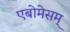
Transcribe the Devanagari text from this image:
एबोमेसम्